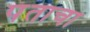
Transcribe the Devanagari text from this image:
पंताचा